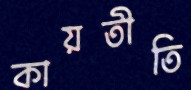
কায়তীতি